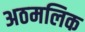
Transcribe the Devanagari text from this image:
अठमलिक